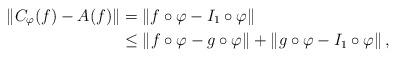
LaTeX: \begin{align*} \Vert C_{\varphi} (f) - A (f) \Vert & = \Vert f \circ \varphi - I_1\circ \varphi \Vert \\ & \leq \Vert f \circ \varphi - g\circ \varphi \Vert + \Vert g \circ \varphi - I_1 \circ \varphi \Vert \,, \end{align*}